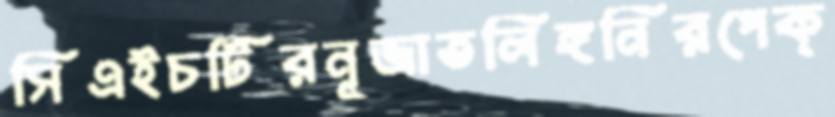
সিএইচটিরনূজাতলিঙ্গনিরপেক্